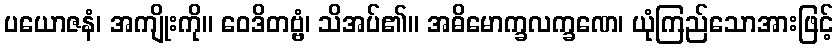
ပယောဇနံ၊ အကျိုးကို။ ဝေဒိတဗ္ဗံ၊ သိအပ်၏။ အဓိမောက္ခလက္ခဏေ၊ ယုံကြည်သောအားဖြင့်